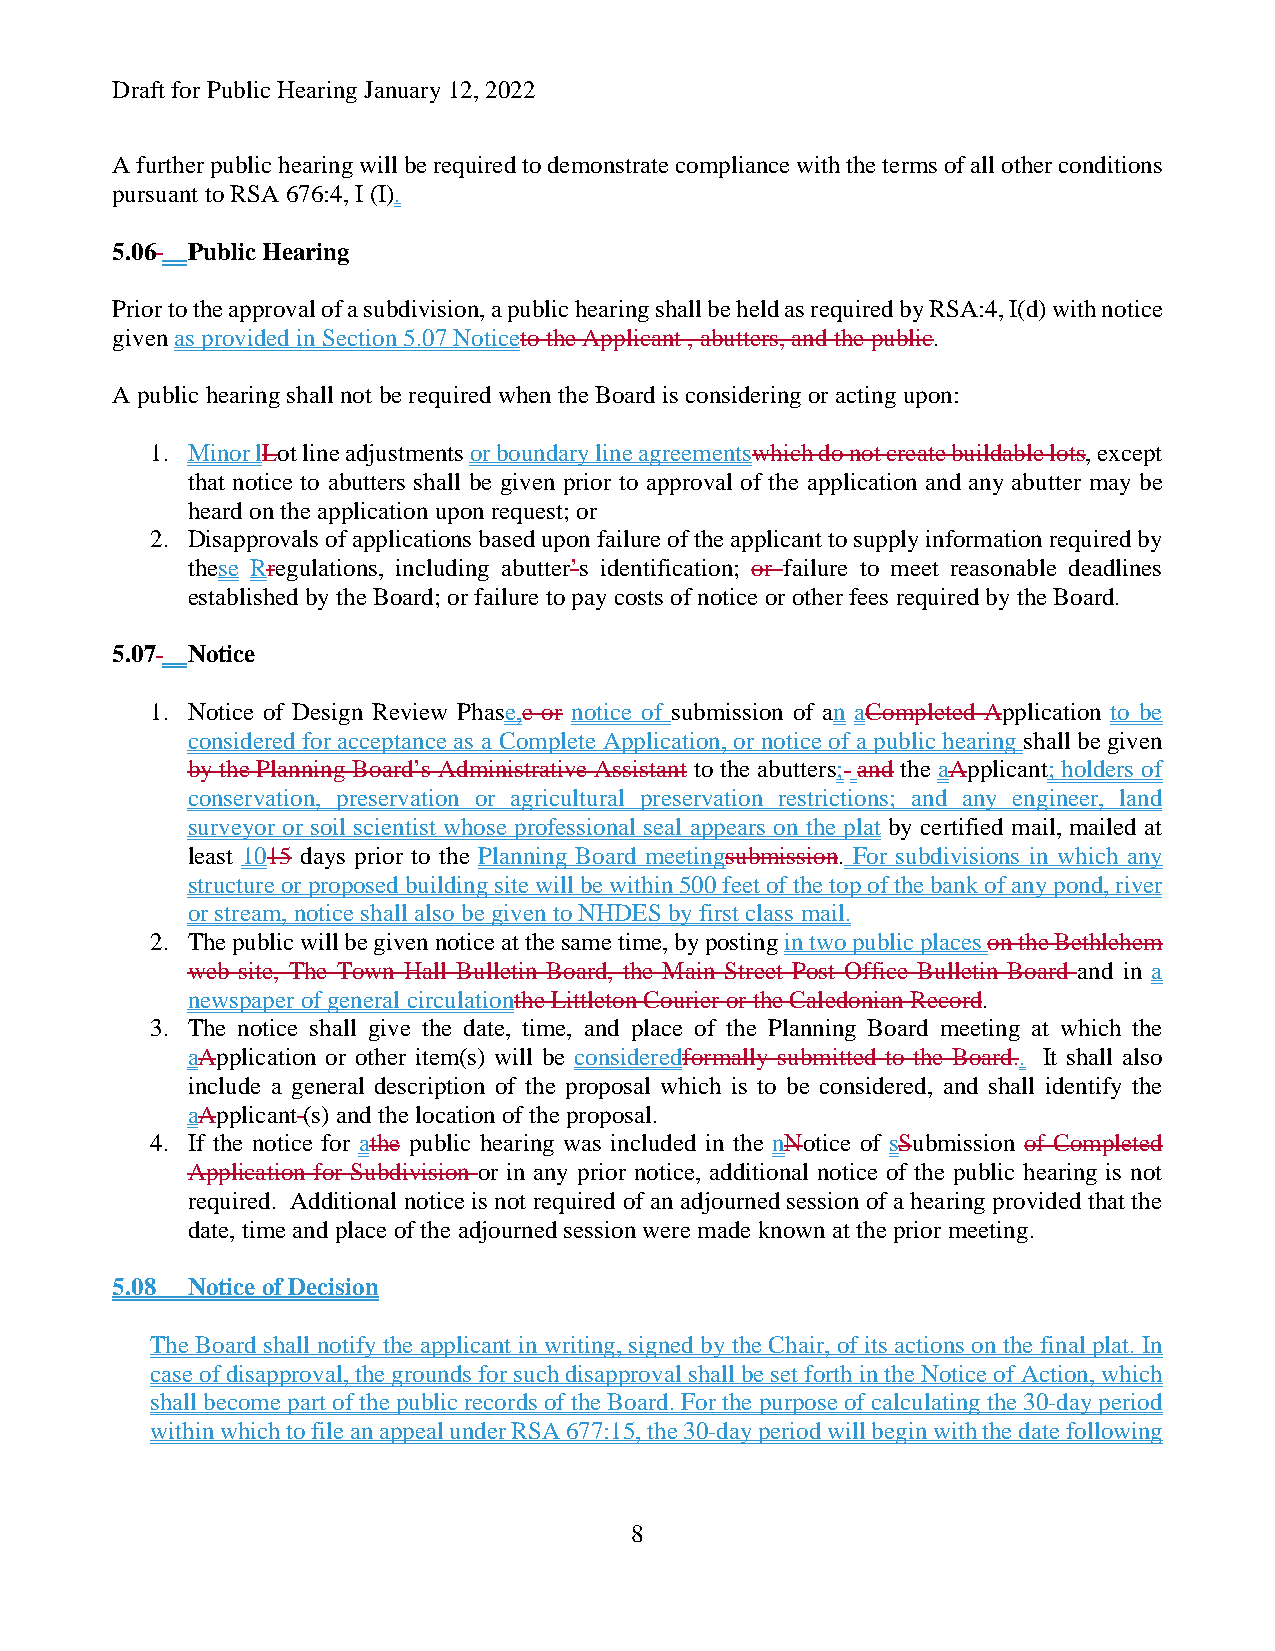
Draft for Public Hearing January 12, 2022
 A further public hearing will be required to demonstrate compliance with the terms of all other conditions
 pursuant to RSA 676:4, I (I).
 5.06 Public Hearing
 Prior to the approval of a subdivision, a public hearing shall be held as required by RSA:4, I(d) with notice
 given as provided in Section 5.07 Noticeto the Applicant , abutters, and the public.
 A public hearing shall not be required when the Board is considering or acting upon:
 1. Minor lLot line adjustments or boundary line agreementswhich do not create buildable lots, except
 that notice to abutters shall be given prior to approval of the application and any abutter may be
 heard on the application upon request; or
 2. Disapprovals of applications based upon failure of the applicant to supply information required by
 these Rregulations, including abutter’s identification; or failure to meet reasonable deadlines
 established by the Board; or failure to pay costs of notice or other fees required by the Board.
 5.07 Notice
 1. Notice of Design Review Phase,e or notice of submission of an aCompleted Application to be
 considered for acceptance as a Complete Application, or notice of a public hearing shall be given
 by the Planning Board’s Administrative Assistant to the abutters; and the aApplicant; holders of
 conservation, preservation or agricultural preservation restrictions; and any engineer, land
 surveyor or soil scientist whose professional seal appears on the plat by certified mail, mailed at
 least 1015 days prior to the Planning Board meetingsubmission. For subdivisions in which any
 structure or proposed building site will be within 500 feet of the top of the bank of any pond, river
 or stream, notice shall also be given to NHDES by first class mail.
 2. The public will be given notice at the same time, by posting in two public places on the Bethlehem
 web site, The Town Hall Bulletin Board, the Main Street Post Office Bulletin Board and in a
 newspaper of general circulationthe Littleton Courier or the Caledonian Record.
 3. The notice shall give the date, time, and place of the Planning Board meeting at which the
 aApplication or other item(s) will be consideredformally submitted to the Board.. It shall also
 include a general description of the proposal which is to be considered, and shall identify the
 aApplicant (s) and the location of the proposal.
 4. If the notice for athe public hearing was included in the nNotice of sSubmission of Completed
 Application for Subdivision or in any prior notice, additional notice of the public hearing is not
 required. Additional notice is not required of an adjourned session of a hearing provided that the
 date, time and place of the adjourned session were made known at the prior meeting.
 5.08 Notice of Decision
 The Board shall notify the applicant in writing, signed by the Chair, of its actions on the final plat. In
 case of disapproval, the grounds for such disapproval shall be set forth in the Notice of Action, which
 shall become part of the public records of the Board. For the purpose of calculating the 30-day period
 within which to file an appeal under RSA 677:15, the 30-day period will begin with the date following
 8